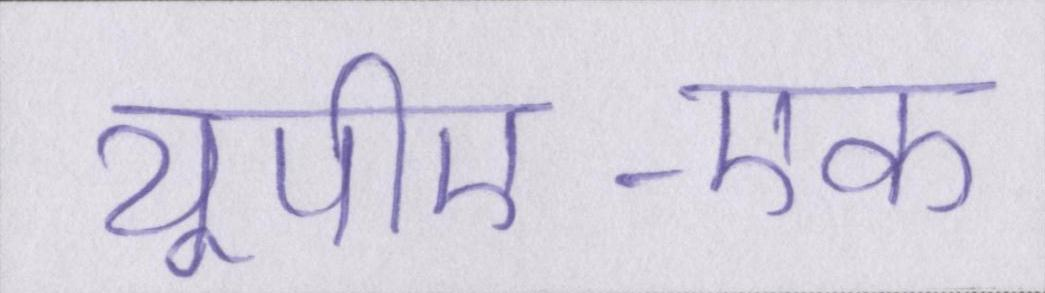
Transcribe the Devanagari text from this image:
यूपीए-एक